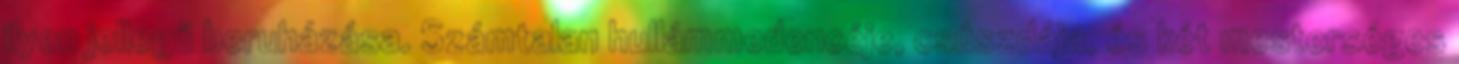
ilyen jellegű beruházása. Számtalan hullámmedencéje, csúszdája, és két mesterséges